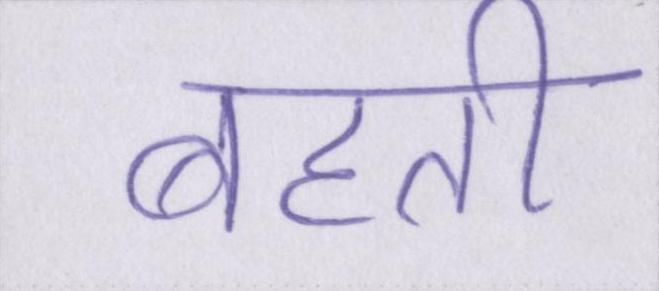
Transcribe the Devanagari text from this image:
बहती